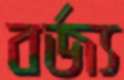
বর্জ্য